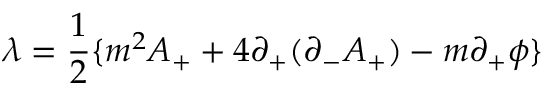
{ \lambda } = \frac { 1 } { 2 } \{ m ^ { 2 } A _ { + } + 4 { \partial } _ { + } ( { \partial } _ { - } A _ { + } ) - m { \partial } _ { + } { \phi } \}